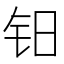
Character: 𰽡